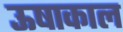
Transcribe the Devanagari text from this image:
ऊषाकाल